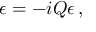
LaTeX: \epsilon = - i Q \epsilon \, ,